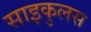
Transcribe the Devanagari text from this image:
साइकुलस